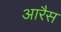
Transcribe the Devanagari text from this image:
आरैस